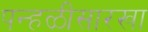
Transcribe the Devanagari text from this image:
पन्हळीसारखा